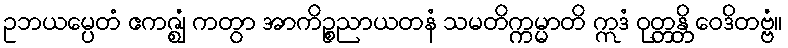
ဥဘယမ္ပေတံ ဧကဇ္ဈံ ကတွာ အာကိဉ္စညာယတနံ သမတိက္ကမ္မာတိ ဣဒံ ဝုတ္တန္တိ ဝေဒိတဗ္ဗံ။